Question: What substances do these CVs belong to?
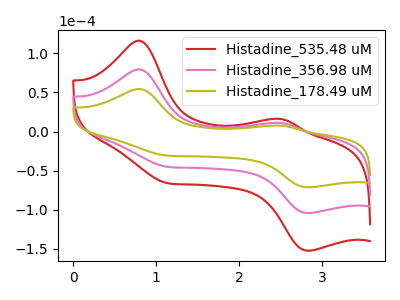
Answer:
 <answer>The red curve is labeled "Histadine_535.48 uM". The pink curve is labeled "Histadine_356.98 uM". The olive curve is labeled "Histadine_178.49 uM".</answer>
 <eval></eval>